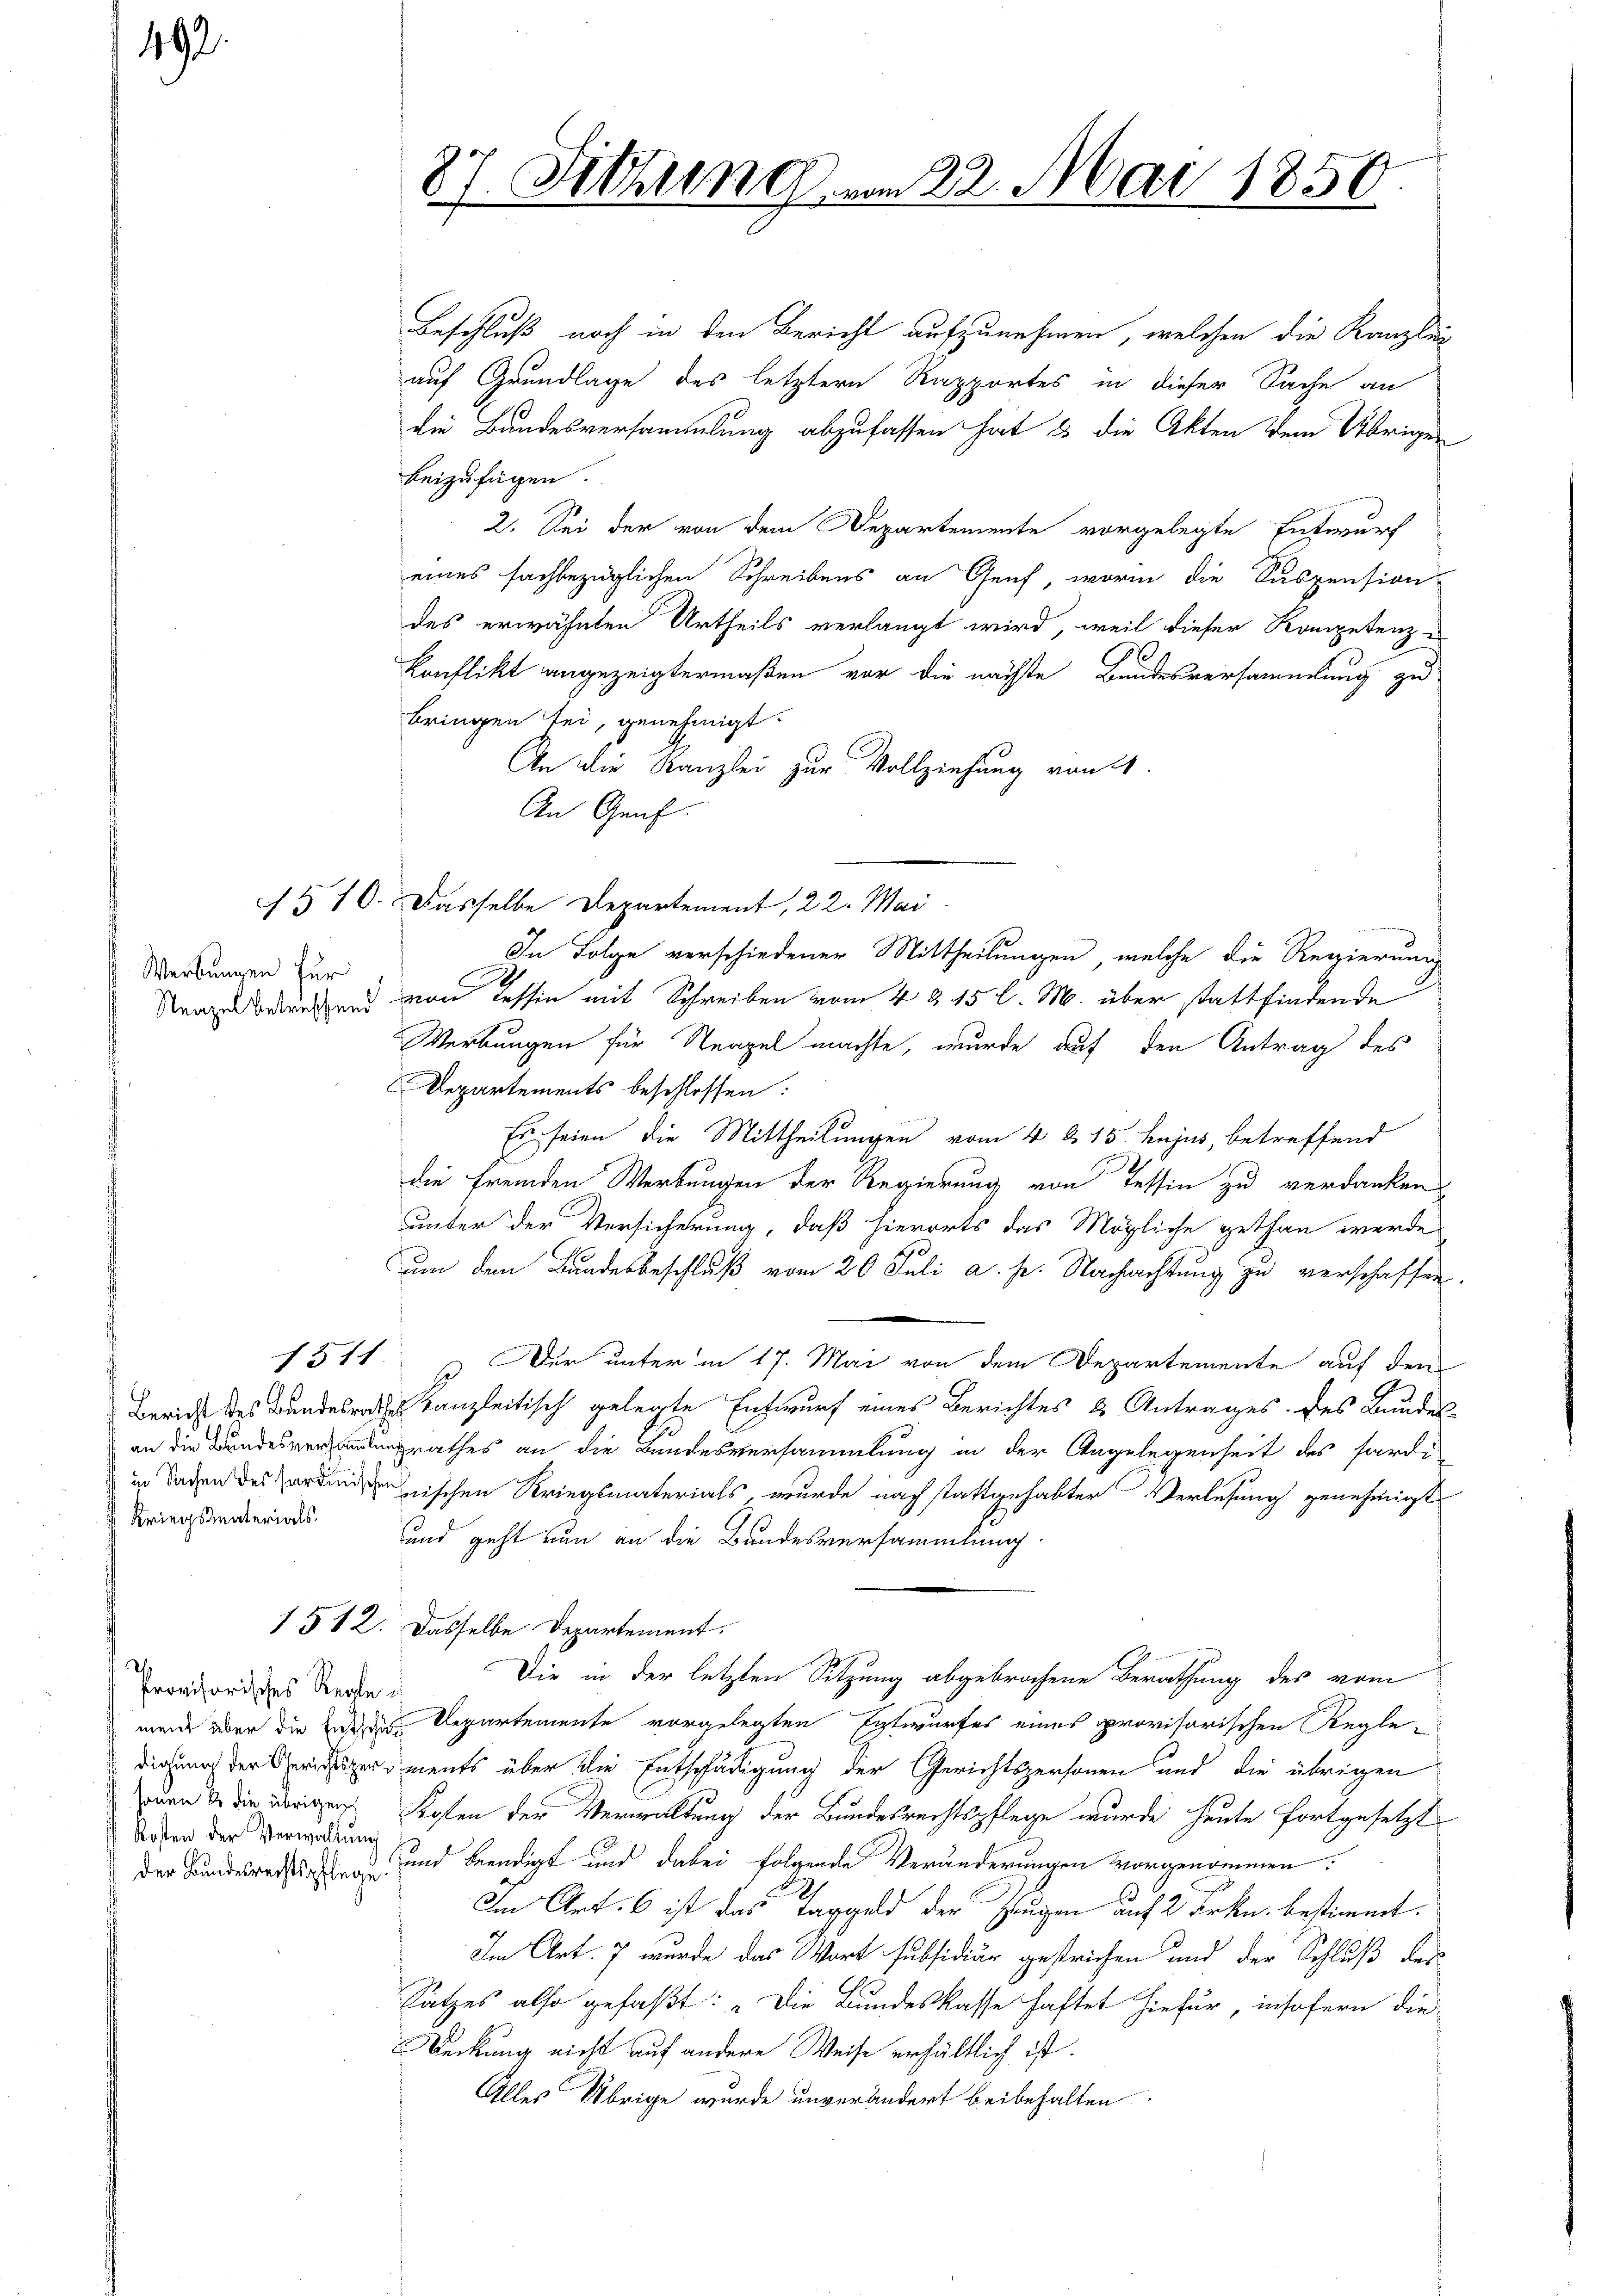
192.

Werkungen für

Kriegsmaterials.

Beschluß noch in den Bericht aufzunehmen, welchen die Kanzlei-
auf Grundlage des letztern Rapportes in dieser Sache an
die Bundesversammlung abzufassen hat & die Akten dem Übrigen
beizufügen.
2. Sei der von dem Departemente vorgelegte Entwurf
eines fachbezüglichen Schreibens an Genf, worin die Suspension
des erwähnten Urtheils verlangt wird, weil dieser Kompetenz-
Konflikt angezeigtermaßen vor die nächste Bundesversammlung zu
bringen sei, genehmigt.
An die Kanzlei zur Vollziehung von 21.
An Genf.
In Folge verschiedener Mittheilungen, welche die Regierung
Saage bedeutend von Tessin mit Schreiben vom 4 & 15 l. M. über stattfindende
Werbungen für Neapel machte, wurde auf den Antrag des
Departements beschlossen:
Es seien die Mittheilungen vom 4. d. 15. hujus, betreffend
die fremden Werbungen der Regierung von Tessin zu verdanken
unter der Versicherung, daß hierorts das Mögliche gethan werde
um den Bundesbeschluß vom 20. Juli a. p. Nachachtung zu verschaffen.
1511. Der unter in 17. Mai von dem Departemente auf den
Bericht des Bundesrathes Kanzleitisch gelegte Entwurf eines Berichtes & Antrages des Bundesan die Bundesversendungsrathes an die Bundesversammlung in der Angelegenheit des hardiin Baden des ordischen Kriegsmaterials wurde nach stattgehabter Verlesung genehmigt
und geht nun an die Bundesversammlung
1 § 12. Dasselbe Departement.
Die in der letzten Sitzung abgebrochene Berathung des vom
munde über die in des Departemente vorgelegten Entwurfes eines provisorischen Regledigung der Gerichtsperiments über die Entschädigung der Gerichtspersonen und die übrigen
zurn de die übrigen Kosten der Verwaltung der Bundesrechtspflege wurde heute fortgesetzt
der Bundesrechtsstrafe und beendigt und dabei folgende Veränderungen vorgenommen:
Im Art. 6 ist das Taggeld der Eugen auf 2 Frkn. bestimmt.
Im Art. 7 wurde das Wort subsidiär gestrichen und der Schluß der
Satzes also gefaßt: „Die Bundeskasse haftet hiefür, insofern die
Deckung nicht auf andere Weise erhältlich ist.
Alles Übrige wurde unverändert beibehalten.

Provisorisches Regle¬
Kosten der Verwaltung

87. Sitzung vom 22. Mai 1856

§ 16. Dasselbe Departement, 22. Mai